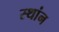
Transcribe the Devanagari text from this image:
स्थांन